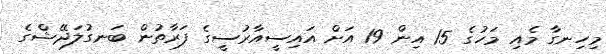
މިހިނގާ މެއި މަހުގެ 15 އިން 19 އަށް އައިސީއާރުސީގެ ފަރާތުން ބަނގުލަދޭޝްގެ